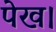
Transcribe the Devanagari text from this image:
पेख।